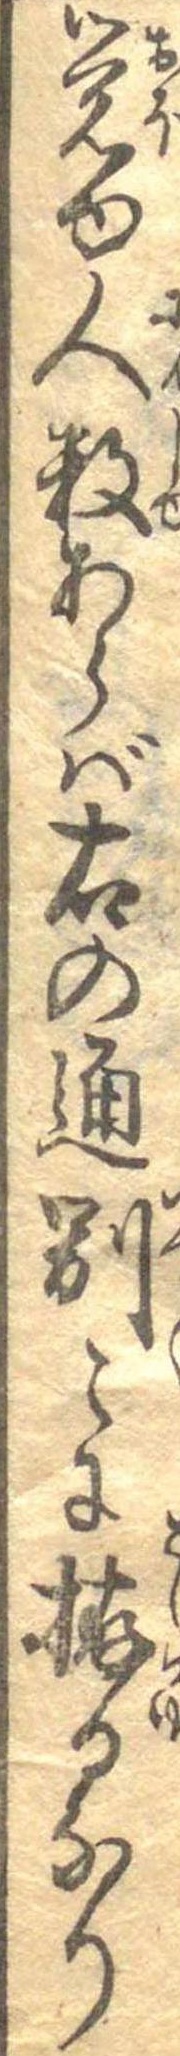
覚ゆ人数あらば右の通別々に拵るなり